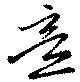
意